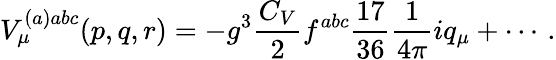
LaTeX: V_{\mu}^{(a)abc}(p,q,r)=-g^{3}\frac{C_{V}}2f^{abc}\frac{17}{36}\frac 1{4\pi}iq_{\mu}+\cdots\, .